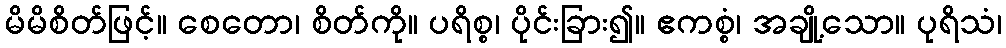
မိမိစိတ်ဖြင့်။ စေတော၊ စိတ်ကို။ ပရိစ္စ၊ ပိုင်းခြား၍။ ဧကစ္စံ၊ အချို့သော။ ပုရိသံ၊